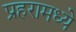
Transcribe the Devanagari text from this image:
प्रहरामध्ये